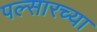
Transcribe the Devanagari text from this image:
पल्सारच्या